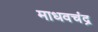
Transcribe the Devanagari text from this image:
माधवचंद्र